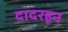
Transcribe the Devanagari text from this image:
दादरहून